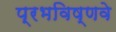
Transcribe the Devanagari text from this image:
प्रभविष्णवे